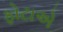
ફોટાએ